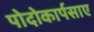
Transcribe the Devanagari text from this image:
पोदोकार्पसाए